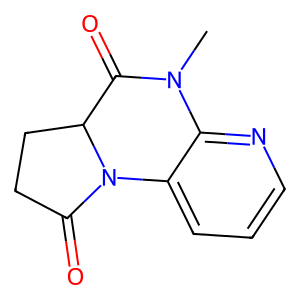
SMILES: CN1C(=O)C2CCC(=O)N2c2cccnc21
Inhibits HIV replication: No